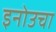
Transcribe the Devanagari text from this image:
इनोउचा